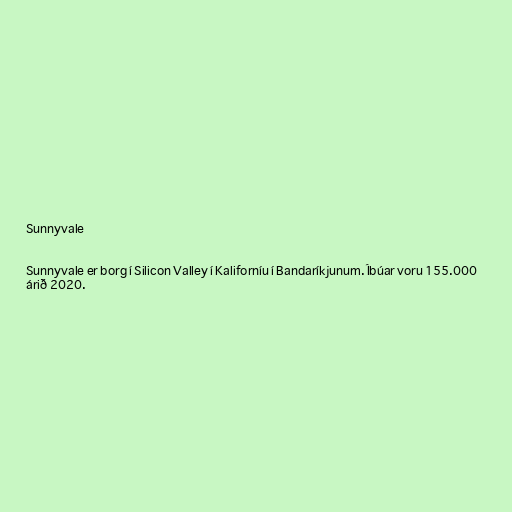
Sunnyvale

Sunnyvale er borg í Silicon Valley í Kaliforníu í Bandaríkjunum. Íbúar voru 155.000
árið 2020.